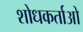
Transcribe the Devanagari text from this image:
शोधकर्ताओ